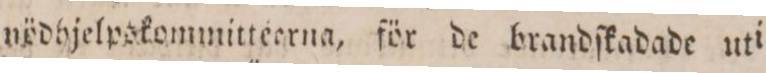
nödbjelpskommittecrna, för de brandſkadade uti